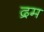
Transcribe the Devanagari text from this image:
द्रम